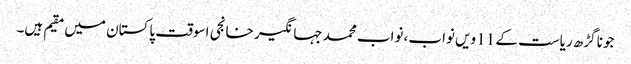
جونا گڑھ ریاست کے 11 ویں نواب، نواب محمد جہانگیر خانجی اسوقت پاکستان میں مقیم ہیں۔